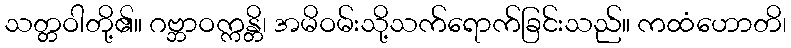
သတ္တဝါတို့၏။ ဂဗ္ဘာဝက္ကန္တိ၊ အမိဝမ်းသို့သက်ရောက်ခြင်းသည်။ ကထံဟောတိ၊